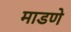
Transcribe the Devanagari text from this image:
माडणे